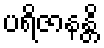
ပရိဇာနန္တိ